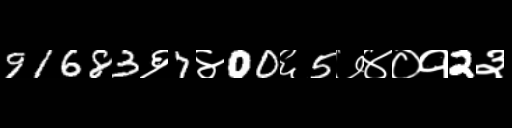
Text: 91683६7४00६5७४०१2३